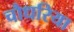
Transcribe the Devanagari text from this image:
चौधरिया